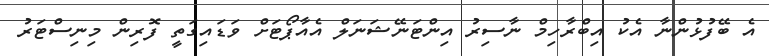
އެ ބޭފުޅުންނާ އެކު އިބްރާހިމް ނާސިރު އިންޓަނޭޝަނަލް އެއާޕޯޓަށް ވަޑައިގަތީ ފޮރިން މިނިސްޓަރު